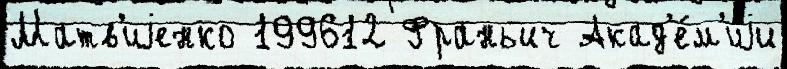
Матв'иjенко 199612 Франьич Акад'е́м'иjи